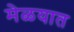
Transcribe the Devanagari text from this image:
मेळयात